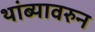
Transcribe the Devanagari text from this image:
थांब्यावरुन